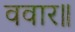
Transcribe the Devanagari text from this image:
ववार॥